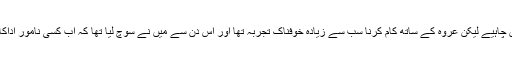
ہدایت کار نے بتایا کہ کہنا نہیں چاہیے لیکن عروہ کے ساتھ کام کرنا سب سے زیادہ خوفناک تجربہ تھا اور اس دن سے میں نے سوچ لیا تھا کہ اب کسی نامور اداکارہ کے ساتھ کام نہیں کروں گا۔